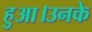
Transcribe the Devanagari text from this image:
हुआ।उनके